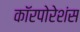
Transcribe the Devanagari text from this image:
कॉरपोरेशंस